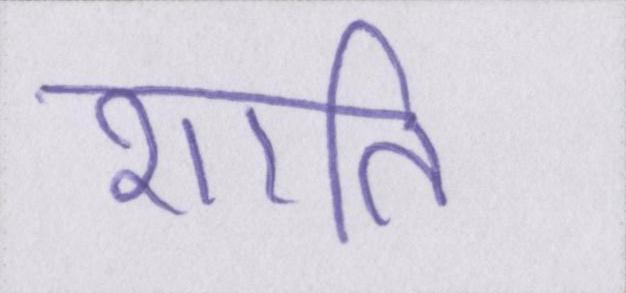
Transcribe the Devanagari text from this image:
शाति